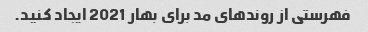
فهرستی از روندهای مد برای بهار 2021 ایجاد کنید.